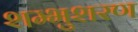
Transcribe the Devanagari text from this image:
शम्भुशरण